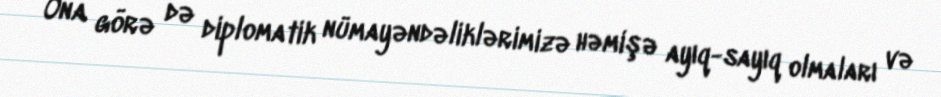
Ona görə də diplomatik nümayəndəliklərimizə həmişə ayıq-sayıq olmaları və